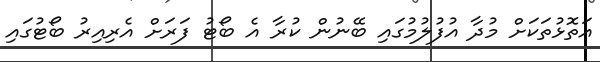
އަތޮޅުތަކަށް މުދާ އުފުލުމުގައި ބޭނުން ކުރާ އެ ބޯޓު ފަރަށް އެރިއިރު ބޯޓުގައި